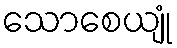
သောစေယျုံ